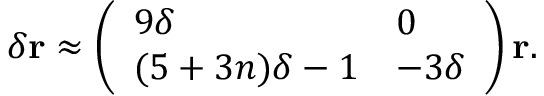
\delta \mathbf { r } \approx \left( \begin{array} { l l } { 9 \delta } & { 0 } \\ { ( 5 + 3 n ) \delta - 1 } & { - 3 \delta } \end{array} \right) \mathbf { r } .